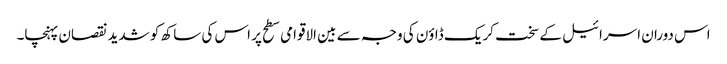
اس دوران اسرائیل کے سخت کریک ڈاؤن کی وجہ سے بین الاقوامی سطح پر اس کی ساکھ کو شدید نقصان پہنچا۔